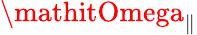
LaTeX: \mathitOmega_{\| }